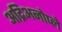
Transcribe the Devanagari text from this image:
अद्रिअनोप्ले